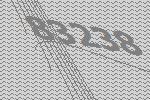
83238